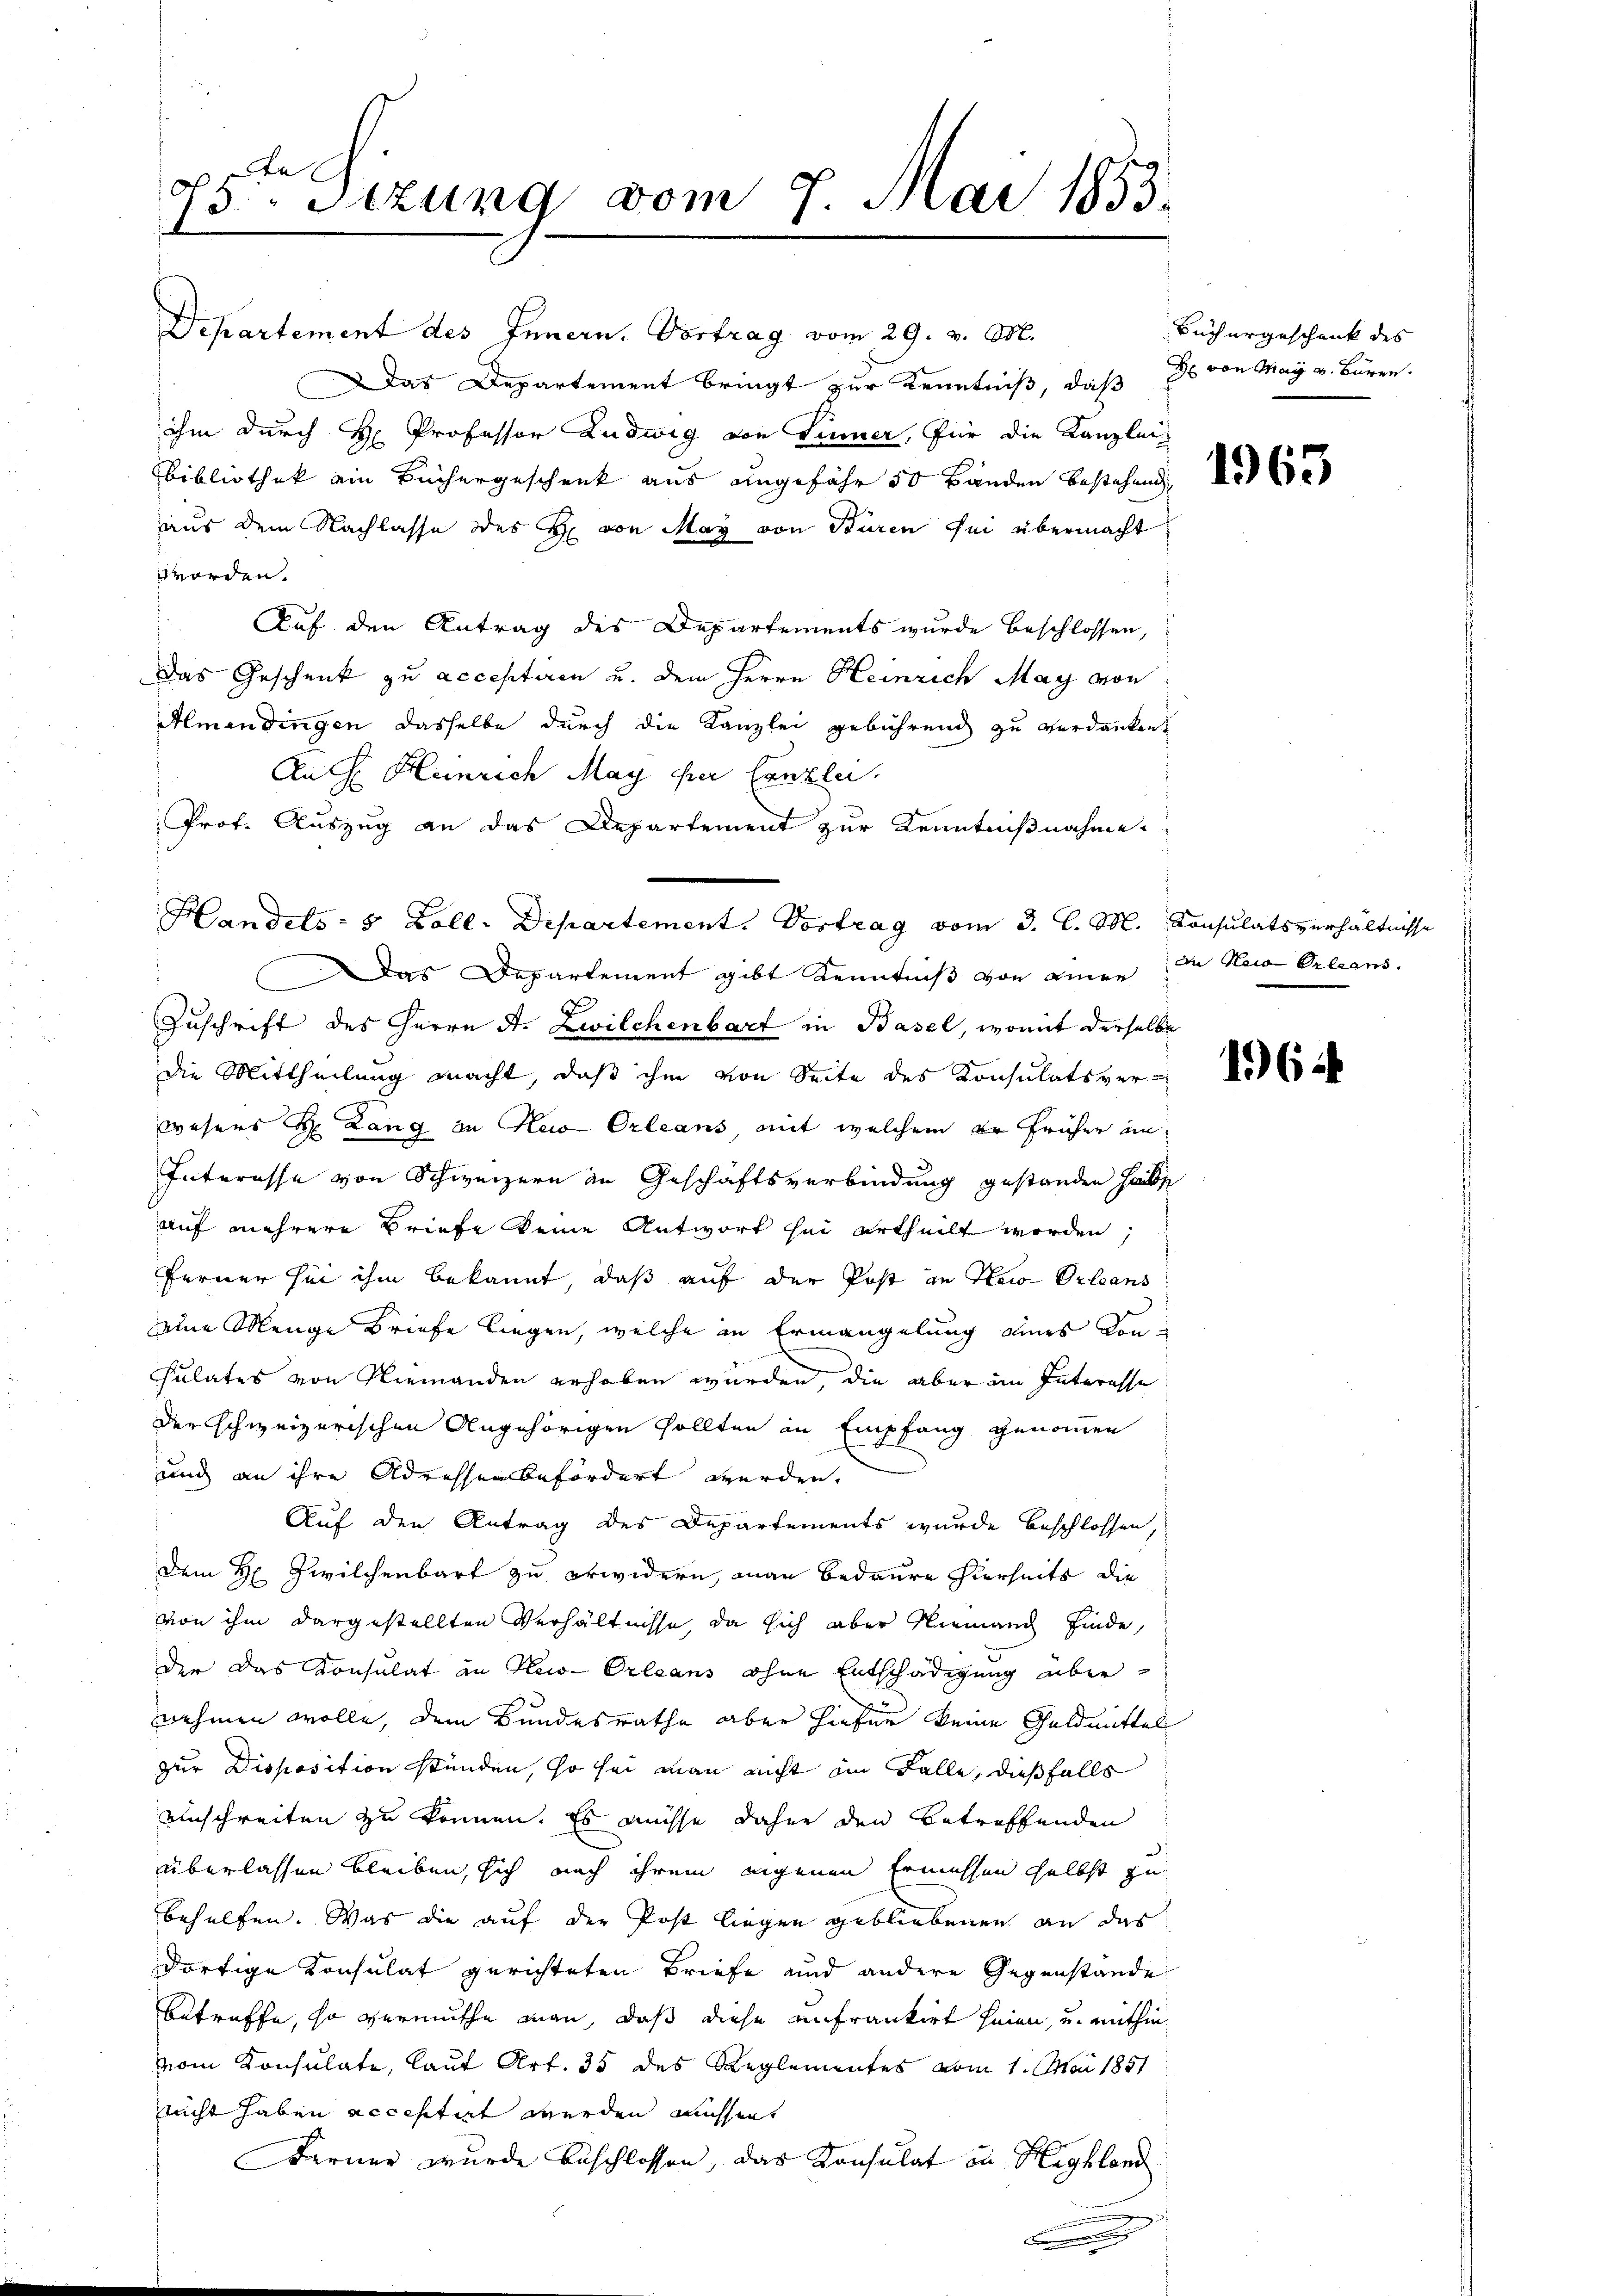
75ten Sizung vom 7. Mai 1853.

Departement des Innern, Vortrag vom 29. v. M.
DDas Departement bringt zur Kenntniß, daß ds von May v. Büren.
ihm durch H. Professor Ludwig von Sinner, für die Kanzlei-
BBibliothek ein Büchergeschenk aus angefähr 50 Bänden bestehend
aus dem Nachlasse des H. von May von Sturen sei übermacht
worden.
Auf den Antrag des Departements wurde beschlossen,
Das Geschenk zu acceptiren u. dem Herrn Heinrich May von
Almendingen dasselbe durch die Kanzlei gebührend zu verdanken.
An H. Heinrich May per Canzlei.
Prof. Auszug an das Departement zur Kenntnißnahme.
Das Departement gibt Kenntniß von einen in Nach Orleans
F
Zuschrift des Herrn St. Zwilchenbart in Basel, womit derselbe
die Mittheilung macht, daß ihm von Seite des Konsulatsverwesers H. Lang in New-Orleans mit welchem er früher an
Interesse von Schweizern in Geschäftsverbindung gestanden habe
auf mehrere Briefe keine Antwort sei urtheilt werden;
Ferner sei ihm bekannt, daß auf der Post an New-Orleans
eine Menge Briefe liegen, welche in Ermangelung eines Consulates von Niemanden erhoben wurden, die aber im Interesse
der schweizerischen Angehörigen sollten in Empfang genommen
und an ihre Adressen befördert werden.
Auf den Antrag des Departements wurde beschlossen,
Dem H. Zwilchenbart zu erwidern, man bedaure hierseits die
von ihm dargestellten Verhältnisse, da sich aber Niemanch finde,
der das Konsulat in Keo-Orleans ohne Entschädigung übernehmen wolle, dem Bundesrathe aber hiefür keine Geldmittel
zur Disposition stünden, so sei man nicht im Falle, dießfalls
einschreiten zu können. Es müsse daher den betreffenden
überlassen bleiben, sich nach ihrem eigenen Ermessen selbst zu
behelfen. Was die auf der Post liegen gebliebenen an das
dortige Konsulat gerichteten Briefe und andere Gegenstände
betreffe, so vermuthe man, daß diese anfrankirt seien, und mithin
vom Konsulate, laut Art. 35 des Reglementes vom 1. Mai 1851
nicht haben acceptirt werden missant
Ferner wurde beschlossen, das Konsulat in Highlam
A

Handels- 5 Zoll. Departement. Vortrag vom 3. l. M. Konsulatsverhältnisse

Büchergeschank des

46